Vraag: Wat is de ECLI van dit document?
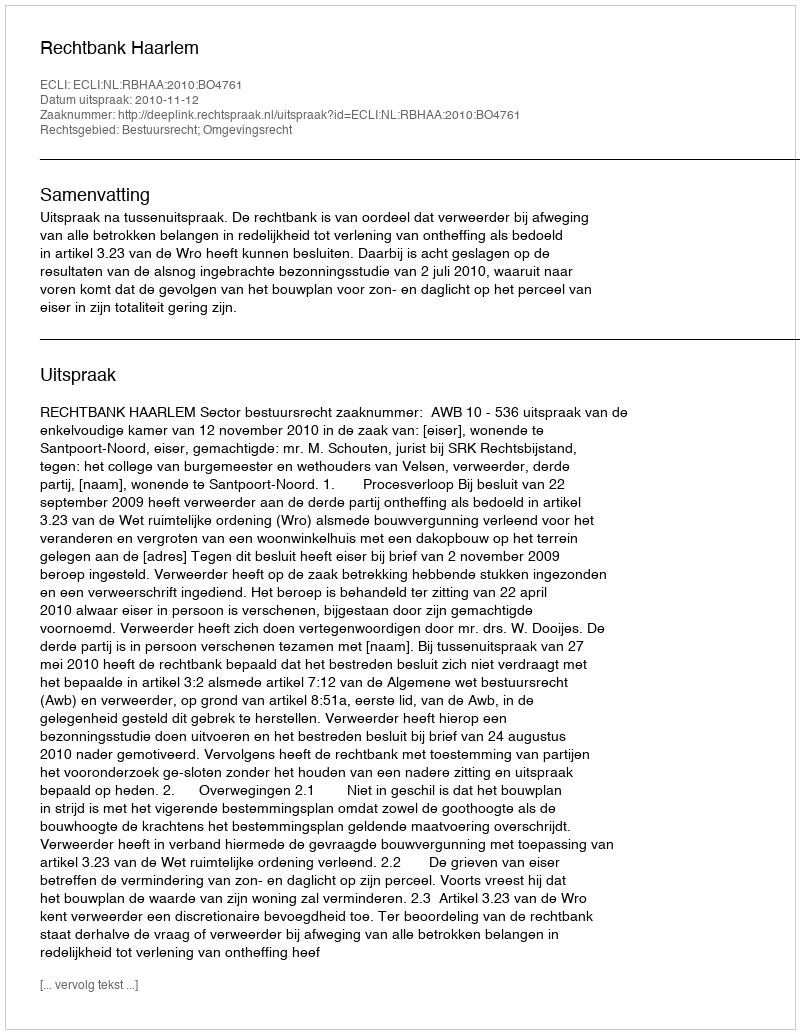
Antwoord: ECLI:NL:RBHAA:2010:BO4761